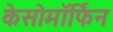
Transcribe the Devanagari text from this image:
केसोमॉर्फिन